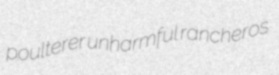
poulterer unharmful rancheros